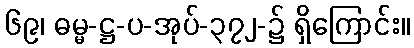
၆၉၊ ဓမ္မ-ဋ္ဌ-ပ-အုပ်-၃၇၂-၌ ရှိကြောင်း။